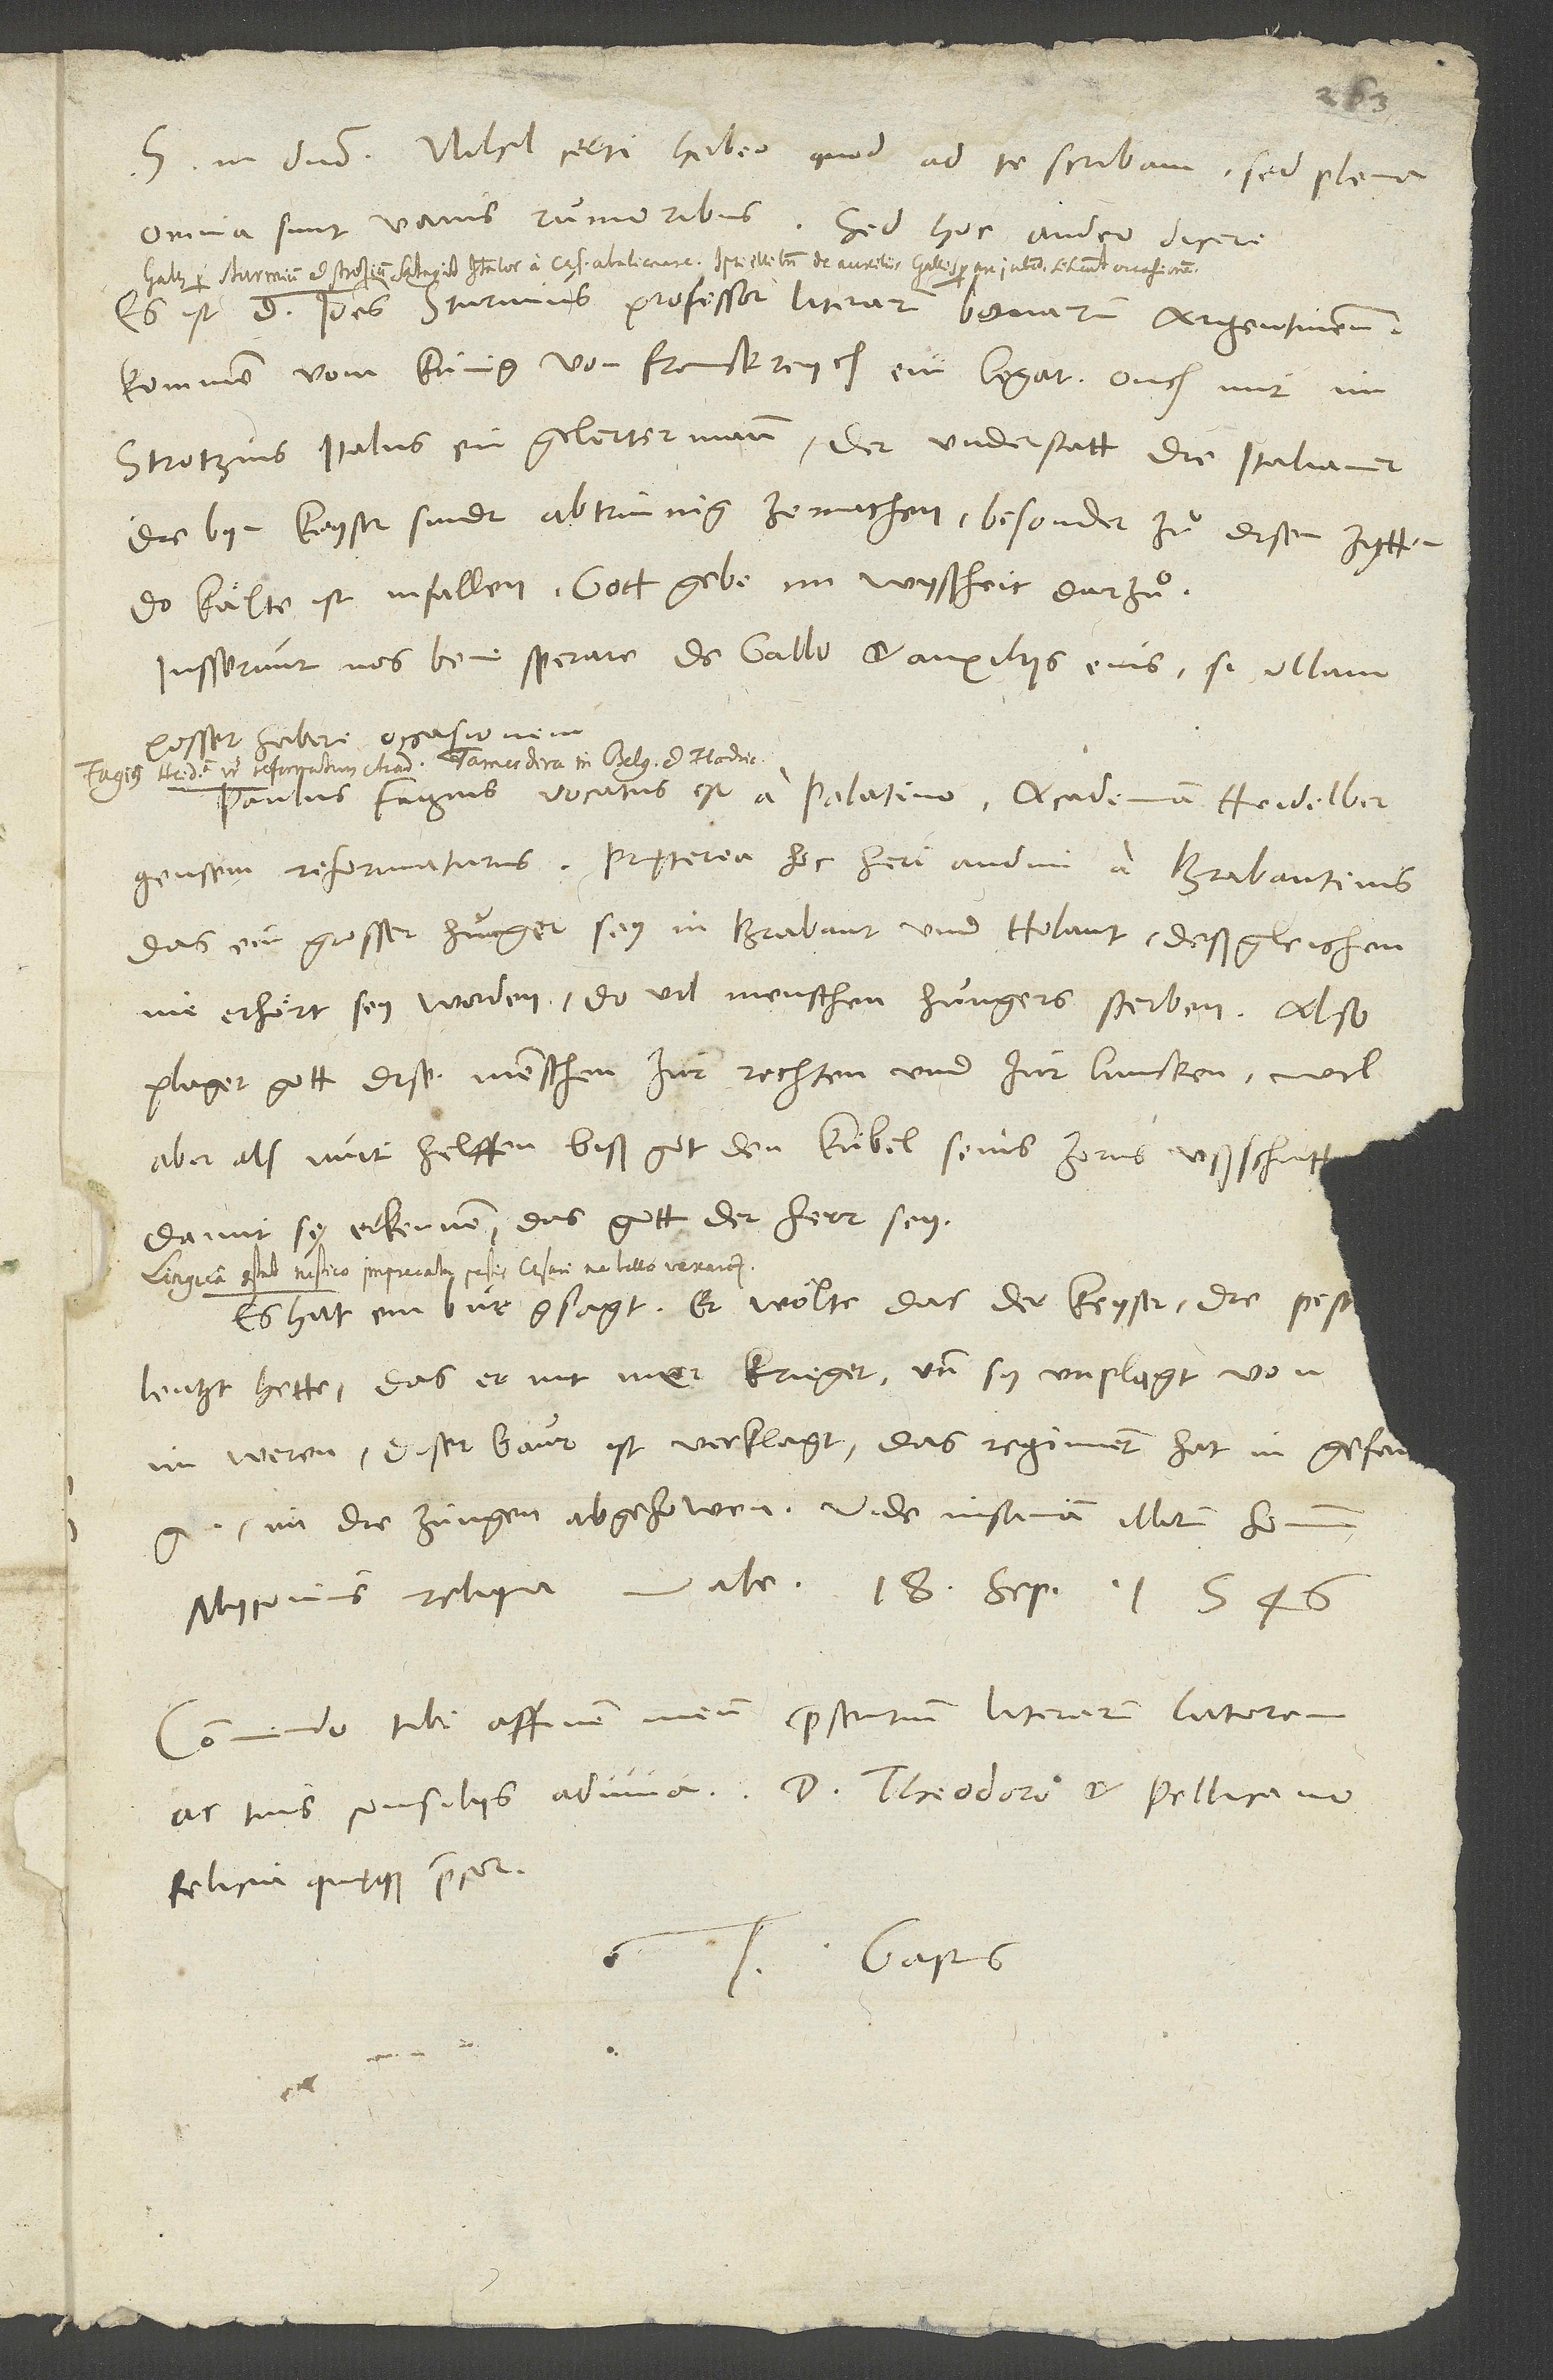
S. in domino. Nihil certi habeo, quod ad te scribam. Sed plena
omnia sunt vanis rumoribus. Sed hoc audeo dicere:
Es ist d. Ioannes Sturmius, professor literarum bonarum Argentinensis,
kommen vom künig von Franckreych, ein legat, ouch mit im
Strotzius Italus, ein gelerter mann. Der understatt, die Italianer,
die bym keyser sindt, abtrünnig ze machen, besonder zuͦ disen zytten,
do kaͤlte ist infallen. Gott gebe im wyßheit darzuͦ!
Iusserunt nos bene sperare de Gallo et auxiliis eius, si ullam
posset habere occasionem.
Paulus Fagius vocatus est a Palatino academiam Heidelbergensem
reformaturus. Pręterea hic heri audivi a Brabantinis,
das ein grosser hunger sey in Brabant und Holant, deßgleichen
nie erhört sey worden, do vil menschen hungers sterben. Also
plaget gott dise menschen zur rechten und zur lincken.
aber als nuit helffen, biß got den kübel seins zorns ußschütt,
damit si erkennen, das gott der herr sey.
Es hat ein bur gsagt, er woͤlle, das der keyser die peslentz
hette, das er nit mer krieget und sy unplagt von
im weren. Diser baur ist verklagt. Das regiment hat in gefangen,
im die zungen abgehowen. Vide insaniam illorum hominum!
Myconius reliqua. Vale. 18. septembris 1546.
Commendo tibi affinem meum, praesentium literarum latorem,
felicia quęque precor.
Gastius.